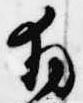
拝